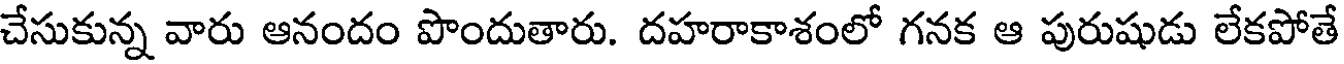
చేసుకున్న వారు ఆనందం పొందుతారు. దహరాకాశంలో గనక ఆ పురుషుడు లేకపోతే